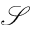
\mathcal { S }